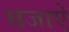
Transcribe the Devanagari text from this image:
सजाएें